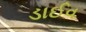
ડાઈવ